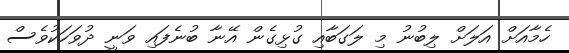
ހެމާއަށް އަލަށް ލިބުނު މި ލަގަބާއި ގުޅިގެން އޭނާ ބުނެފައި ވަނީ ދުވަހަކުވެސް